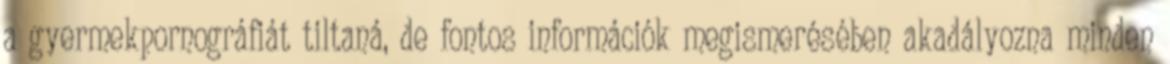
a gyermekpornográfiát tiltaná, de fontos információk megismerésében akadályozna minden